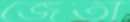
জেতা